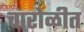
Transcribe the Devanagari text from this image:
चारोळीत